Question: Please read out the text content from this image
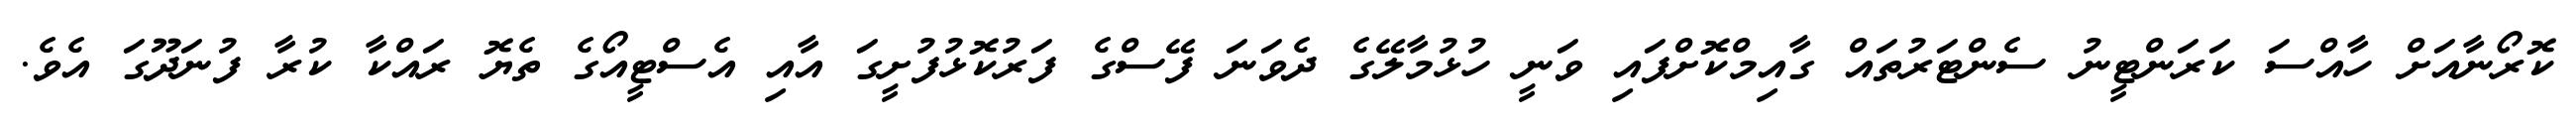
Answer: ކޮރޯނާއަށް ހާއްސަ ކަރަންޓީނު ސެންޓަރުތައް ގާއިމްކޮށްފައި ވަނީ ހުޅުމާލޭގެ ދެވަނަ ފޭސްގެ ފަރުކޮޅުފުށީގަ އާއި އެސްޓީއޯގެ ތެޔޮ ރައްކާ ކުރާ ފުނަދޫގަ އެވެ.